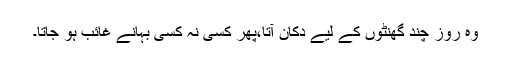
وہ روز چند گھنٹوں کے لیے دُکان آتا،پھر کسی نہ کسی بہانے غائب ہو جاتا۔